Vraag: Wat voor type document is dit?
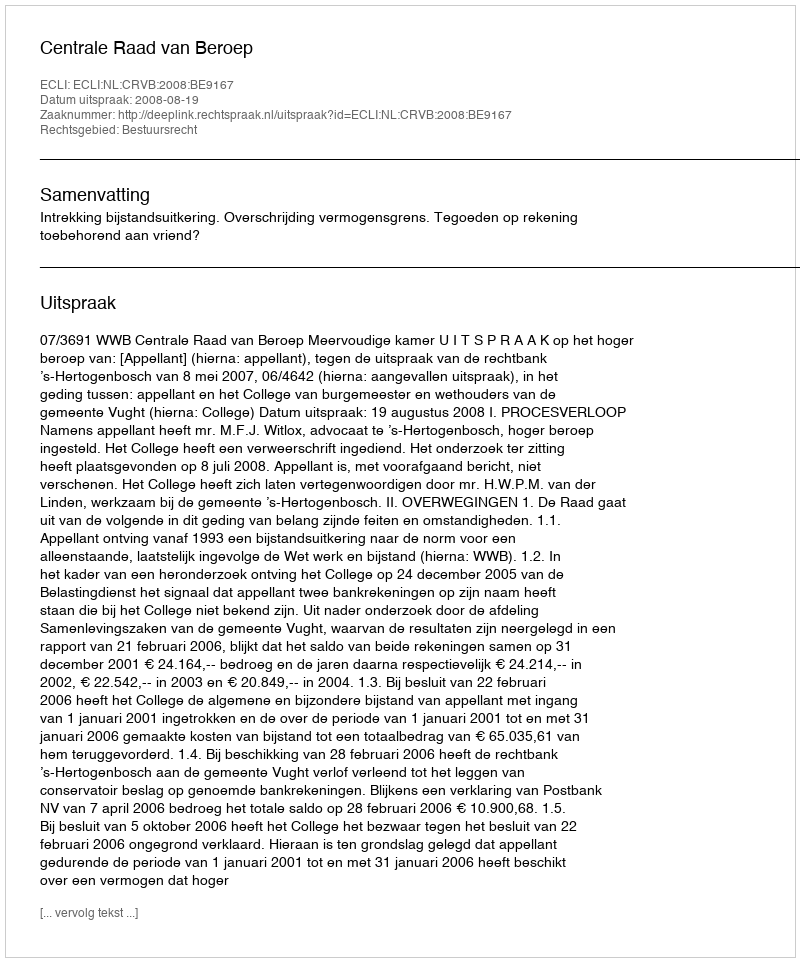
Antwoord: Uitspraak